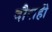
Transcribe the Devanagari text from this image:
दौराही